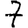
Digit: 7